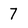
Character: 7